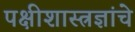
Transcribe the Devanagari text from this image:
पक्षीशास्त्रज्ञांचे